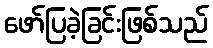
ဖော်ပြခဲ့ခြင်းဖြစ်သည်